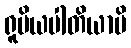
ရူပိယပါတိယာပိ